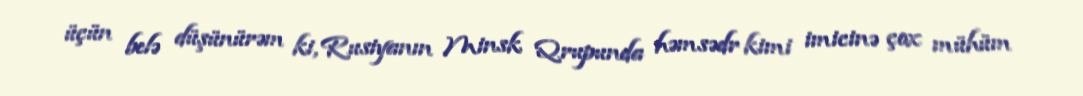
üçün belə düşünürəm ki, Rusiyanın Minsk Qrupunda həmsədr kimi imicinə çox mühüm